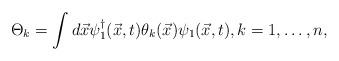
LaTeX: \begin{align*}\Theta_{k} = \int d\vec{x} \psi_{1}^{\dag} (\vec{x},t) \theta_{k} (\vec{x}) \psi_{1}(\vec{x},t), k=1,\ldots,n,\end{align*}